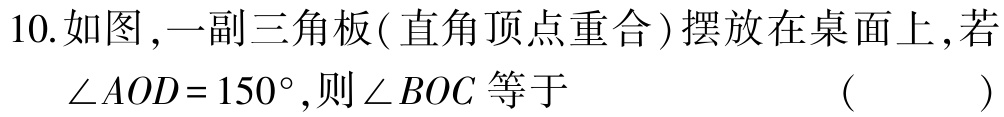
10.如图,一副三角板(直角顶点重合)摆放在桌面上,若$\angle AOD = 150^{\circ}$,则$\angle BOC$等于 （  ）